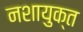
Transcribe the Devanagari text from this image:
नशायुक्त